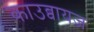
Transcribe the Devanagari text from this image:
काउब्वायज